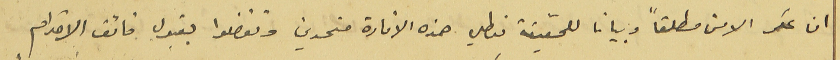
ان عكر الامن مطلقاً وبيانا للحقيقة فيعطي هذه الافادة متحدين وتفضلوا بقبول فائق الاحترام